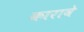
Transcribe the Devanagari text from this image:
कारावे